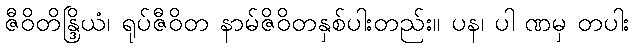
ဇီဝိတိန္ဒြိယံ၊ ရုပ်ဇီဝိတ နာမ်ဇိဝိတနှစ်ပါးတည်း။ ပန၊ ပါ ဏမှ တပါး